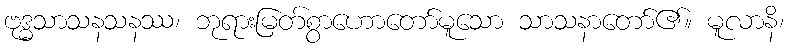
ဗုဒ္ဓသာသနသနဿ၊ ဘုရားမြတ်စွာဟောတော်မူသော သာသနာတော်၏။ မူလာနိ၊